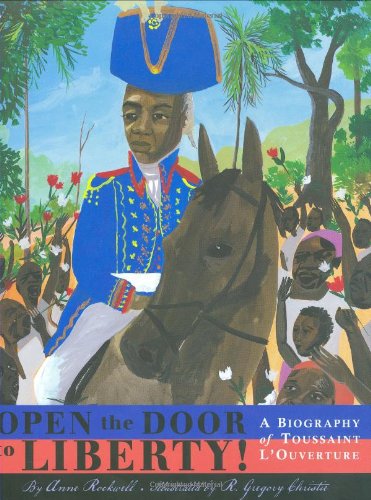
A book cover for Open the Door to Liberty; Anne Rockwell; Children's Books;